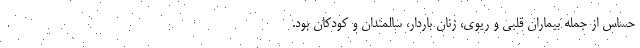
حساس از جمله بیماران قلبی و ریوی، زنان باردار، سالمندان و کودکان بود.